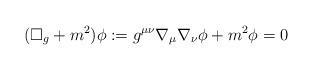
LaTeX: \begin{align*} (\square_g+m^2)\phi:=g^{\mu\nu}\nabla_{\mu}\nabla_{\nu}\phi+m^{2}\phi=0\end{align*}